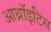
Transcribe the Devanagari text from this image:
आथ्रॉइटिस